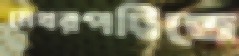
মেথরপট্টিতে